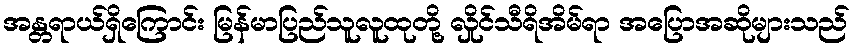
အန္တရာယ်ရှိကြောင်း မြန်မာပြည်သူလူထုတို့ လှိုင်သီရိအိမ်ရာ အပြောအဆိုများသည်